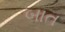
બાત